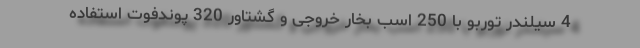
4 سیلندر توربو با 250 اسب بخار خروجی و گشتاور 320 پوندفوت استفاده